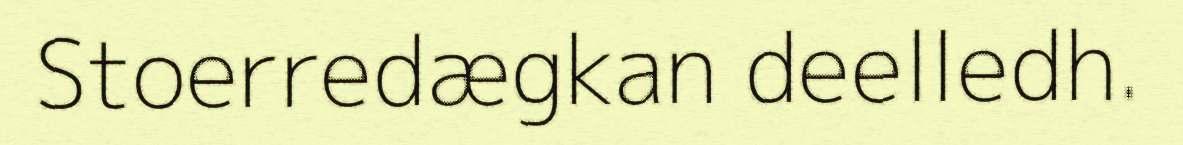
Stoerredægkan deelledh.